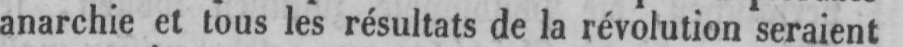
anarchie et tous les résultats de la révolution seraient